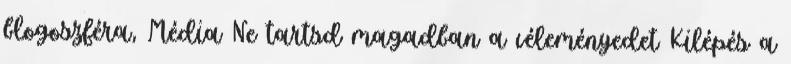
blogoszféra, Média Ne tartsd magadban a véleményedet Kilépés a